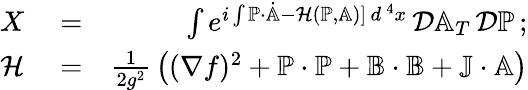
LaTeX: \begin{array}{rlr}{X}&{{}=}&{\int e^{i\int\mathbb{P}\cdot\dot{\mathbb{A}}-{\cal H}(\mathbb{P},\mathbb{A})]\, d^{\, 4}x}\, {\cal D}\mathbb{A}_{T}\, {\cal D}\mathbb{P}\, ;}\\ {{\cal H}}&{{}=}&{{\frac{1}{2g^{2}}}\left((\nabla f)^{2}+\mathbb{P}\cdot\mathbb{P}+\mathbb{B}\cdot\mathbb{B}+\mathbb{J}\cdot\mathbb{A}\right)}\end{array}